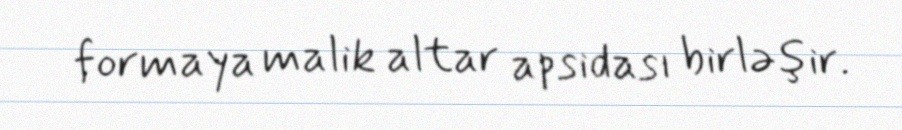
formaya malik altar apsidası birləşir.